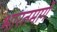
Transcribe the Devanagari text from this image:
भारतमार्गे